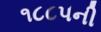
૧૮૮૫ની